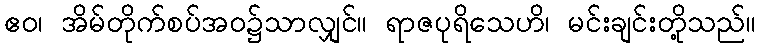
ဧဝ၊ အိမ်တိုက်စပ်အဝ၌သာလျှင်။ ရာဇပုရိသေဟိ၊ မင်းချင်းတို့သည်။